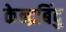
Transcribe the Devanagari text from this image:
केन्द्रबिंदु